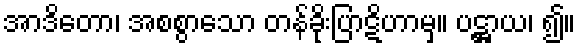
အာဒိတော၊ အစစွာသော တန်ခိုးပြာဋိဟာမှ။ ပဋ္ဌာယ၊ ၍။